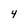
Character: 4